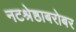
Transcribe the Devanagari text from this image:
नटश्रेष्ठाबरोबर